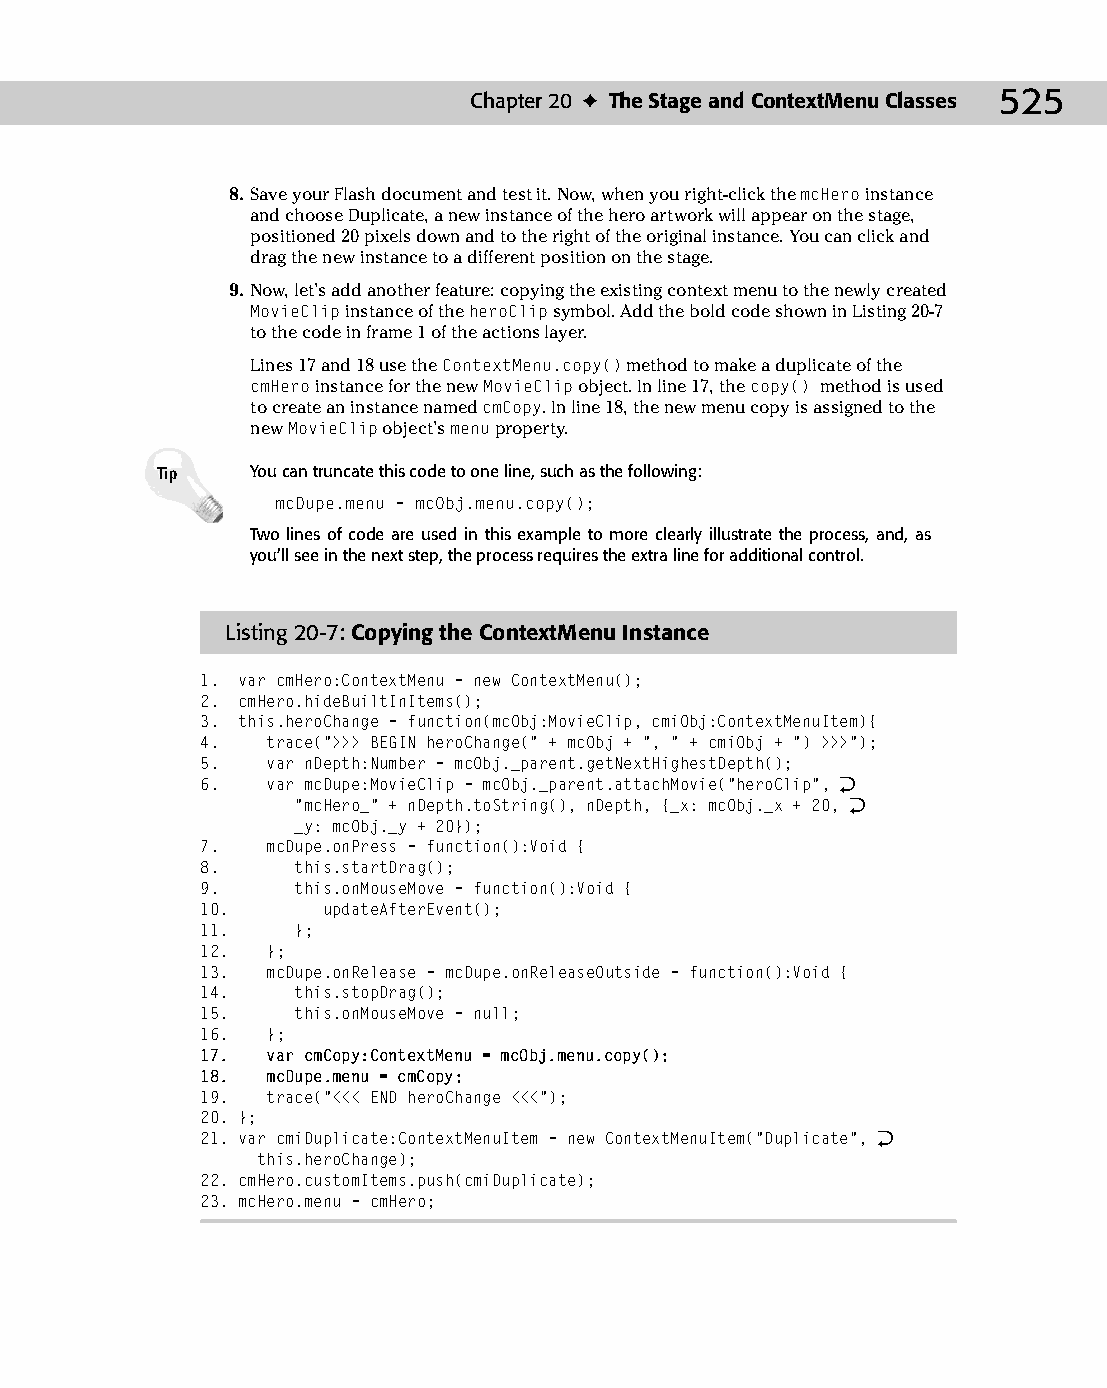
26 543547 ch20.qxd 3/24/04 4:10 PM Page 525
 Chapter 20 ✦ The Stage and ContextMenu Classes 525
 8. Save your Flash document and test it. Now, when you right-click the mcHero instance
 and choose Duplicate, a new instance of the hero artwork will appear on the stage,
 positioned 20 pixels down and to the right of the original instance. You can click and
 drag the new instance to a different position on the stage.
 9. Now, let’s add another feature: copying the existing context menu to the newly created
 MovieClip instance of the heroClip symbol. Add the bold code shown in Listing 20-7
 to the code in frame 1 of the actions layer.
 Lines 17 and 18 use the ContextMenu.copy() method to make a duplicate of the
 cmHero instance for the new MovieClip object. In line 17, the copy() method is used
 to create an instance named cmCopy. In line 18, the new menu copy is assigned to the
 new MovieClip object’s menu property.
 Tip    You can truncate this code to one line, such as the following:
 mcDupe.menu = mcObj.menu.copy();
 Two lines of code are used in this example to more clearly illustrate the process, and, as
 you’ll see in the next step, the process requires the extra line for additional control.
 Listing 20-7: Copying the ContextMenu Instance
 1. var cmHero:ContextMenu = new ContextMenu();
 2. cmHero.hideBuiltInItems();
 3. this.heroChange = function(mcObj:MovieClip, cmiObj:ContextMenuItem){
 4.   trace(“>>> BEGIN heroChange(“ + mcObj + “, “ + cmiObj + “) >>>”);
 5.   var nDepth:Number = mcObj._parent.getNextHighestDepth();
 6.   var mcDupe:MovieClip = mcObj._parent.attachMovie(“heroClip”, Æ
 “mcHero_” + nDepth.toString(), nDepth, {_x: mcObj._x + 20, Æ
 _y: mcObj._y + 20});
 7.   mcDupe.onPress = function():Void {
 8.    this.startDrag();
 9.    this.onMouseMove = function():Void {
 10.     updateAfterEvent();
 11.   };
 12.  };
 13.  mcDupe.onRelease = mcDupe.onReleaseOutside = function():Void {
 14.   this.stopDrag();
 15.   this.onMouseMove = null;
 16.  };
 17.  var cmCopy:ContextMenu = mcObj.menu.copy();
 18.  mcDupe.menu = cmCopy;
 19.  trace(“<<< END heroChange <<<”);
 20. };
 21. var cmiDuplicate:ContextMenuItem = new ContextMenuItem(“Duplicate”, Æ
 this.heroChange);
 22. cmHero.customItems.push(cmiDuplicate);
 23. mcHero.menu = cmHero;